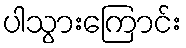
ပါသွားကြောင်း